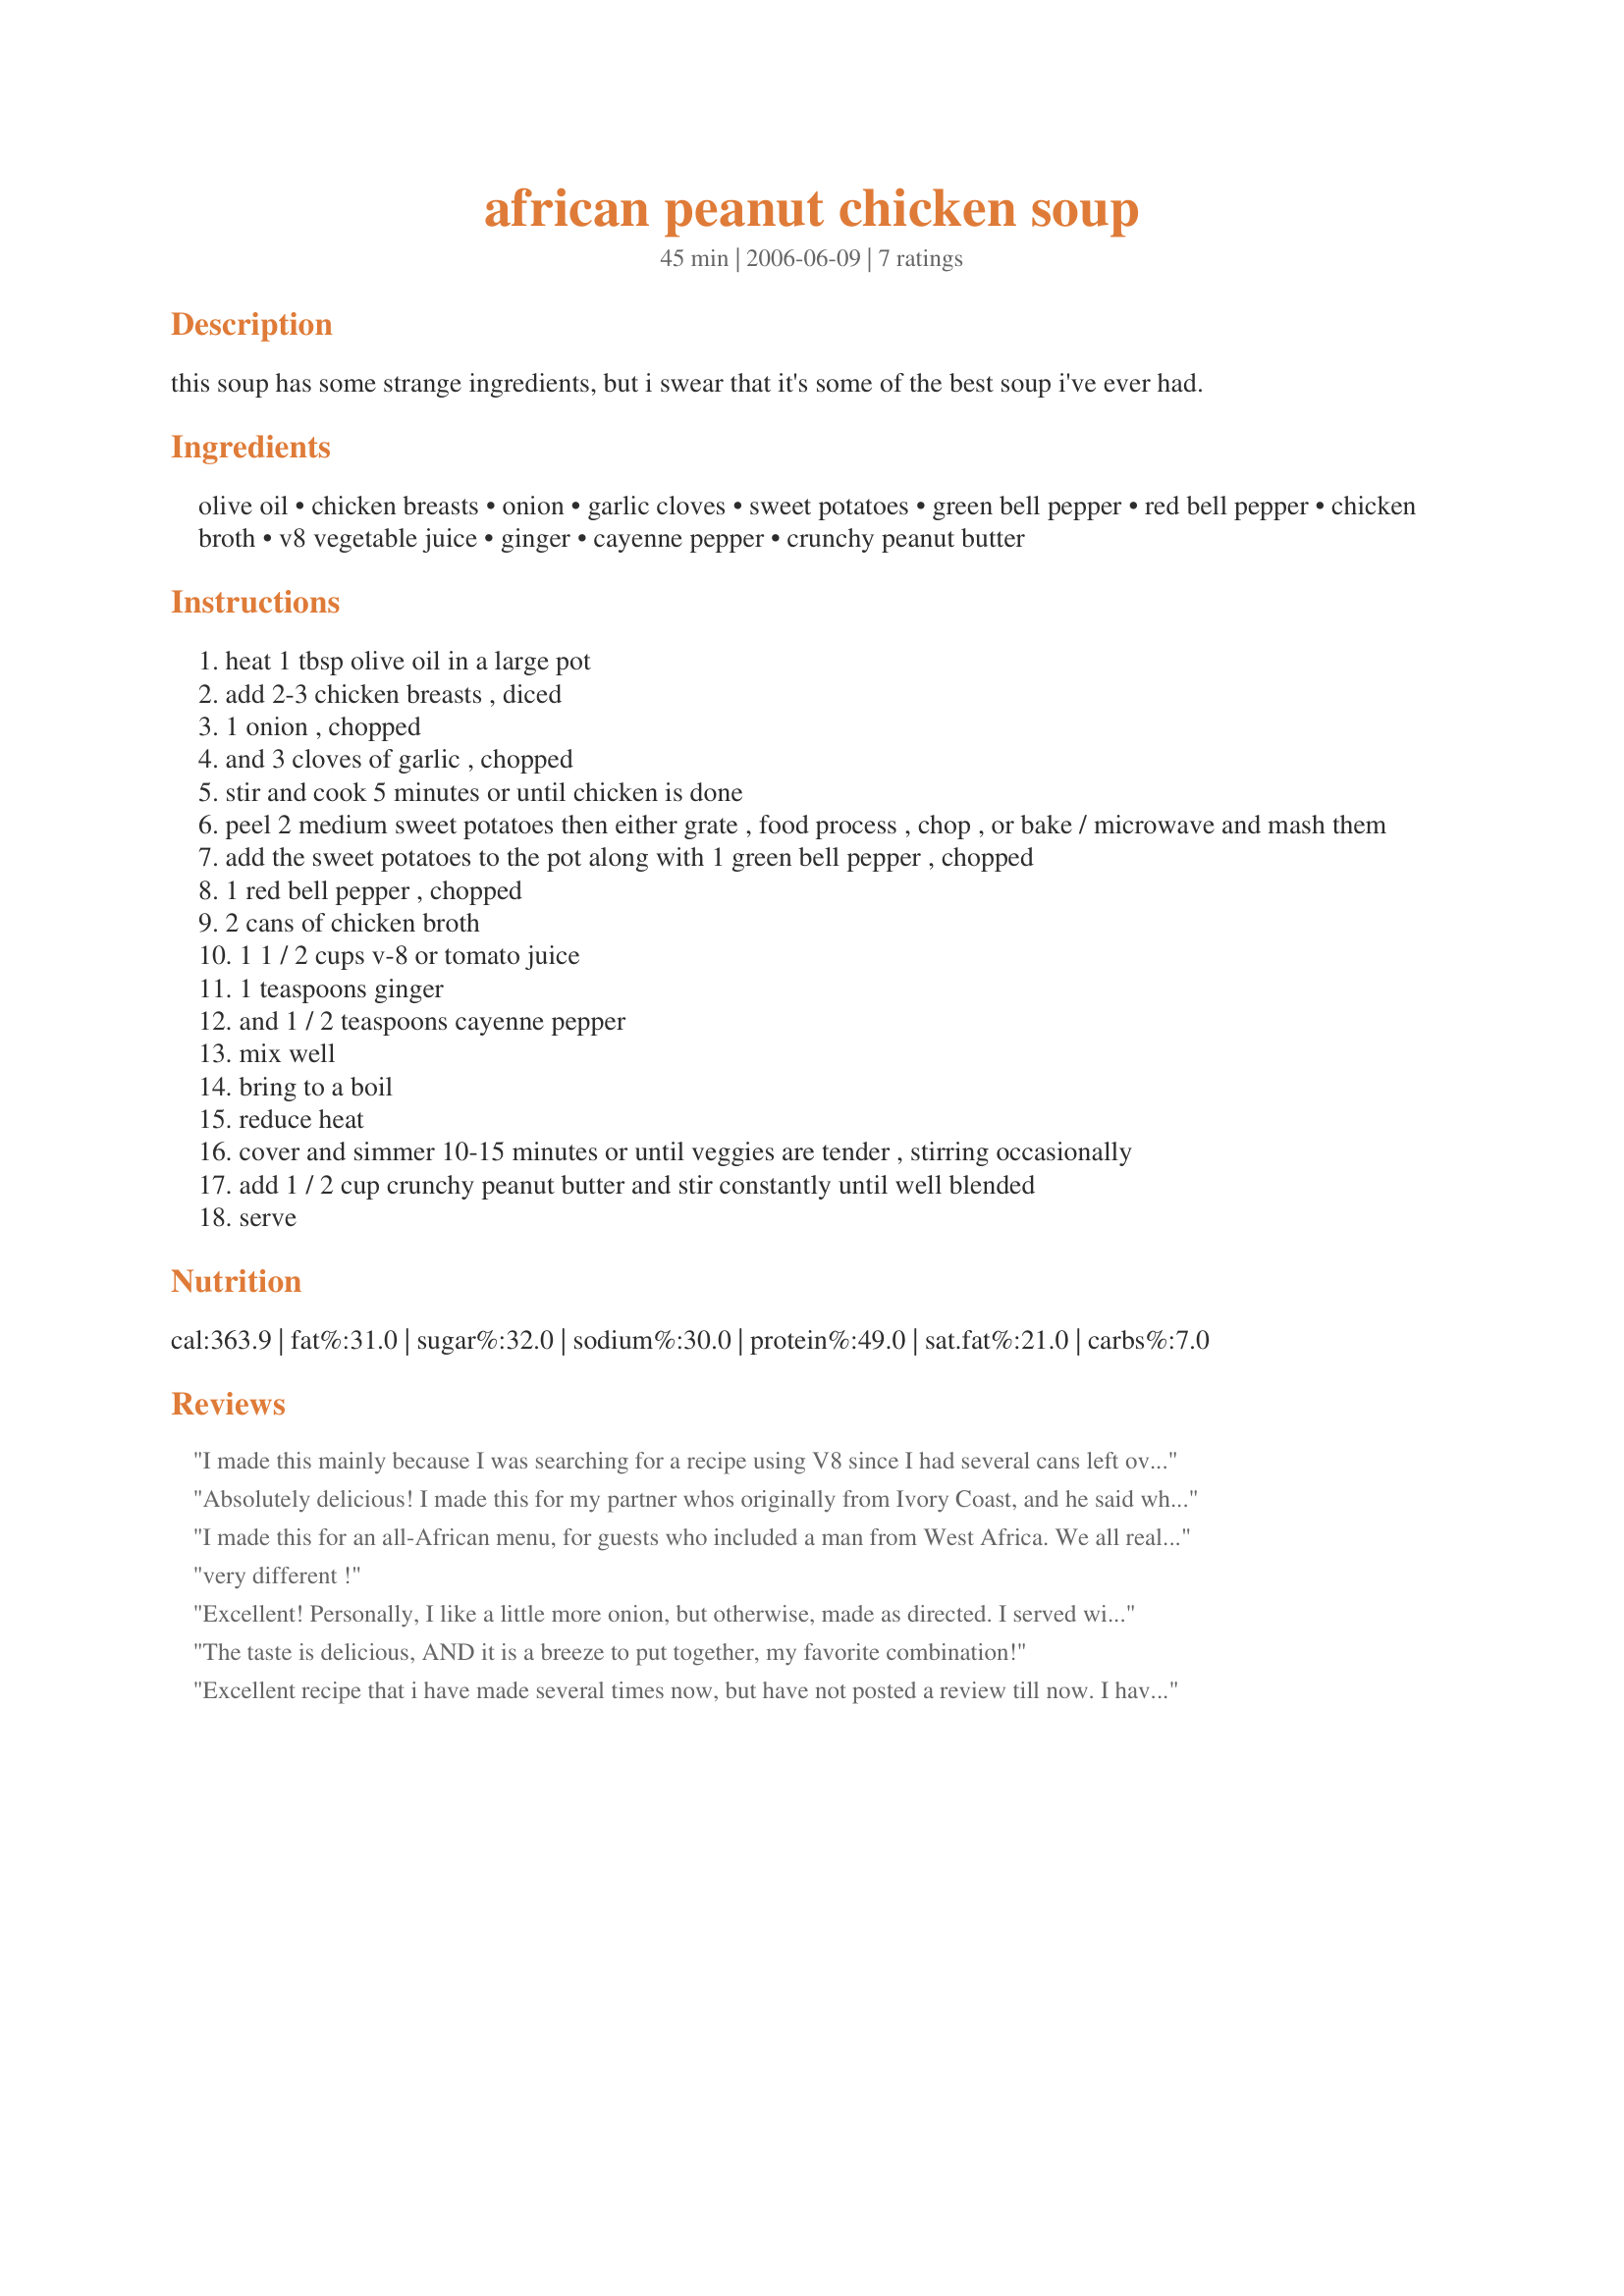
african peanut chicken soup
Preparation time: 45 minutes

this soup has some strange ingredients, but i swear that it's some of the best soup i've ever had.

Ingredients:
olive oil, chicken breasts, onion, garlic cloves, sweet potatoes, green bell pepper, red bell pepper, chicken broth, v8 vegetable juice, ginger, cayenne pepper, crunchy peanut butter

Steps:
heat 1 tbsp olive oil in a large pot
add 2-3 chicken breasts , diced
1 onion , chopped
and 3 cloves of garlic , chopped
stir and cook 5 minutes or until chicken is done
peel 2 medium sweet potatoes then either grate , food process , chop , or bake / microwave and mash them
add the sweet potatoes to the pot along with 1 green bell pepper , chopped
1 red bell pepper , chopped
2 cans of chicken broth
1 1 / 2 cups v-8 or tomato juice
1 teaspoons ginger
and 1 / 2 teaspoons cayenne pepper
mix well
bring to a boil
reduce heat
cover and simmer 10-15 minutes or until veggies are tender , stirring occasionally
add 1 / 2 cup crunchy peanut butter and stir constantly until well blended
serve

Reviews:
I made this mainly because I was searching for a recipe using V8 since I had several cans left over. I was pleasantly surprised since it was great! My boyfriend also loved it. I made a few changes: I didn't have any chicken broth on hand so I just used water; I'm trying to eat lower fat so I grilled the chicken on the Foreman grill and then reduced the olive oil to 1 tsp; I am a garlic fiend so I used much more garlic. It was great and pretty quick to make.
Absolutely delicious! I made this for my partner whos originally from Ivory Coast, and he said when he walked through the door he thought to himself "this doesnt smell like my girlfriends cooking, this smells like home!" I served it with basmati rice and we polished off the whole lot in one evening! We jus kept going back for more! I must say, when I was making it, I was a little unsure about adding the peanut butter at the end, it was looking so good I was scared of ruining it, but Ive now realised that thats the ingredient that makes it so devine! Thank you so much for a wonderful recipe :o)
PS Sorry, completely forgot to add that I just chopped the sweet potatoes into bit size chunks and added them to the pot, they cooked fine and made the soup a bit 'chunkier', which we prefer.
I made this for an all-African menu, for guests who included a man from West Africa. We all really liked it, but I did make some changes, based on a similar dish made for me years ago by a friend from Uganda.
 I used 5 bone-in chicken breasts, and two thighs. I browned these in the oil first, with the garlic and onions, but did not dice them. I then added the other ingredients. I also added 2 med. onions instead of 1, and a 15 oz. can of petite diced tomatoes, along with the tomato juice. I left out the sweet potatoes, and used 8 oz. of button mushrooms.
 I stewed everything together for 2 hours.


very different !
Excellent! Personally, I like a little more onion, but otherwise, made as directed. I served with brown rice.
The taste is delicious, AND it is a breeze to put together, my favorite combination!
Excellent recipe that i have made several times now, but have not posted a review till now. I have made as is, and sometimes I play around a bit. Last night I added a pablono pepper, and ground coriander, and added a little parsly before serving. Here in the state we don't think of chicken and peanut butter going together very often, but IT IS SUCH A GOOD COMBO. thanks Paisley!
